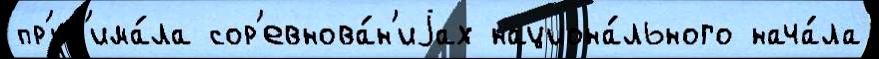
пр'ин'има́ла сор'евнова́н'иjах национа́льного нача́ла